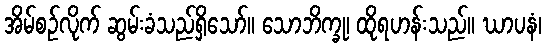
အိမ်စဉ်လိုက် ဆွမ်းခံသည်ရှိသော်။ သောဘိက္ခု၊ ထိုရဟန်းသည်။ ဃာပနံ၊